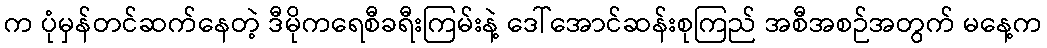
က ပုံမှန်တင်ဆက်နေတဲ့ ဒီမိုကရေစီခရီးကြမ်းနဲ့ ဒေါ်အောင်ဆန်းစုကြည် အစီအစဉ်အတွက် မနေ့က